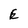
Character: E